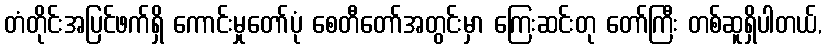
တံတိုင်းအပြင်ဖက်ရှိ ကောင်းမှုတော်ပုံ စေတီတော်အတွင်းမှာ ကြေးဆင်းတု တော်ကြီး တစ်ဆူရှိပါတယ်,